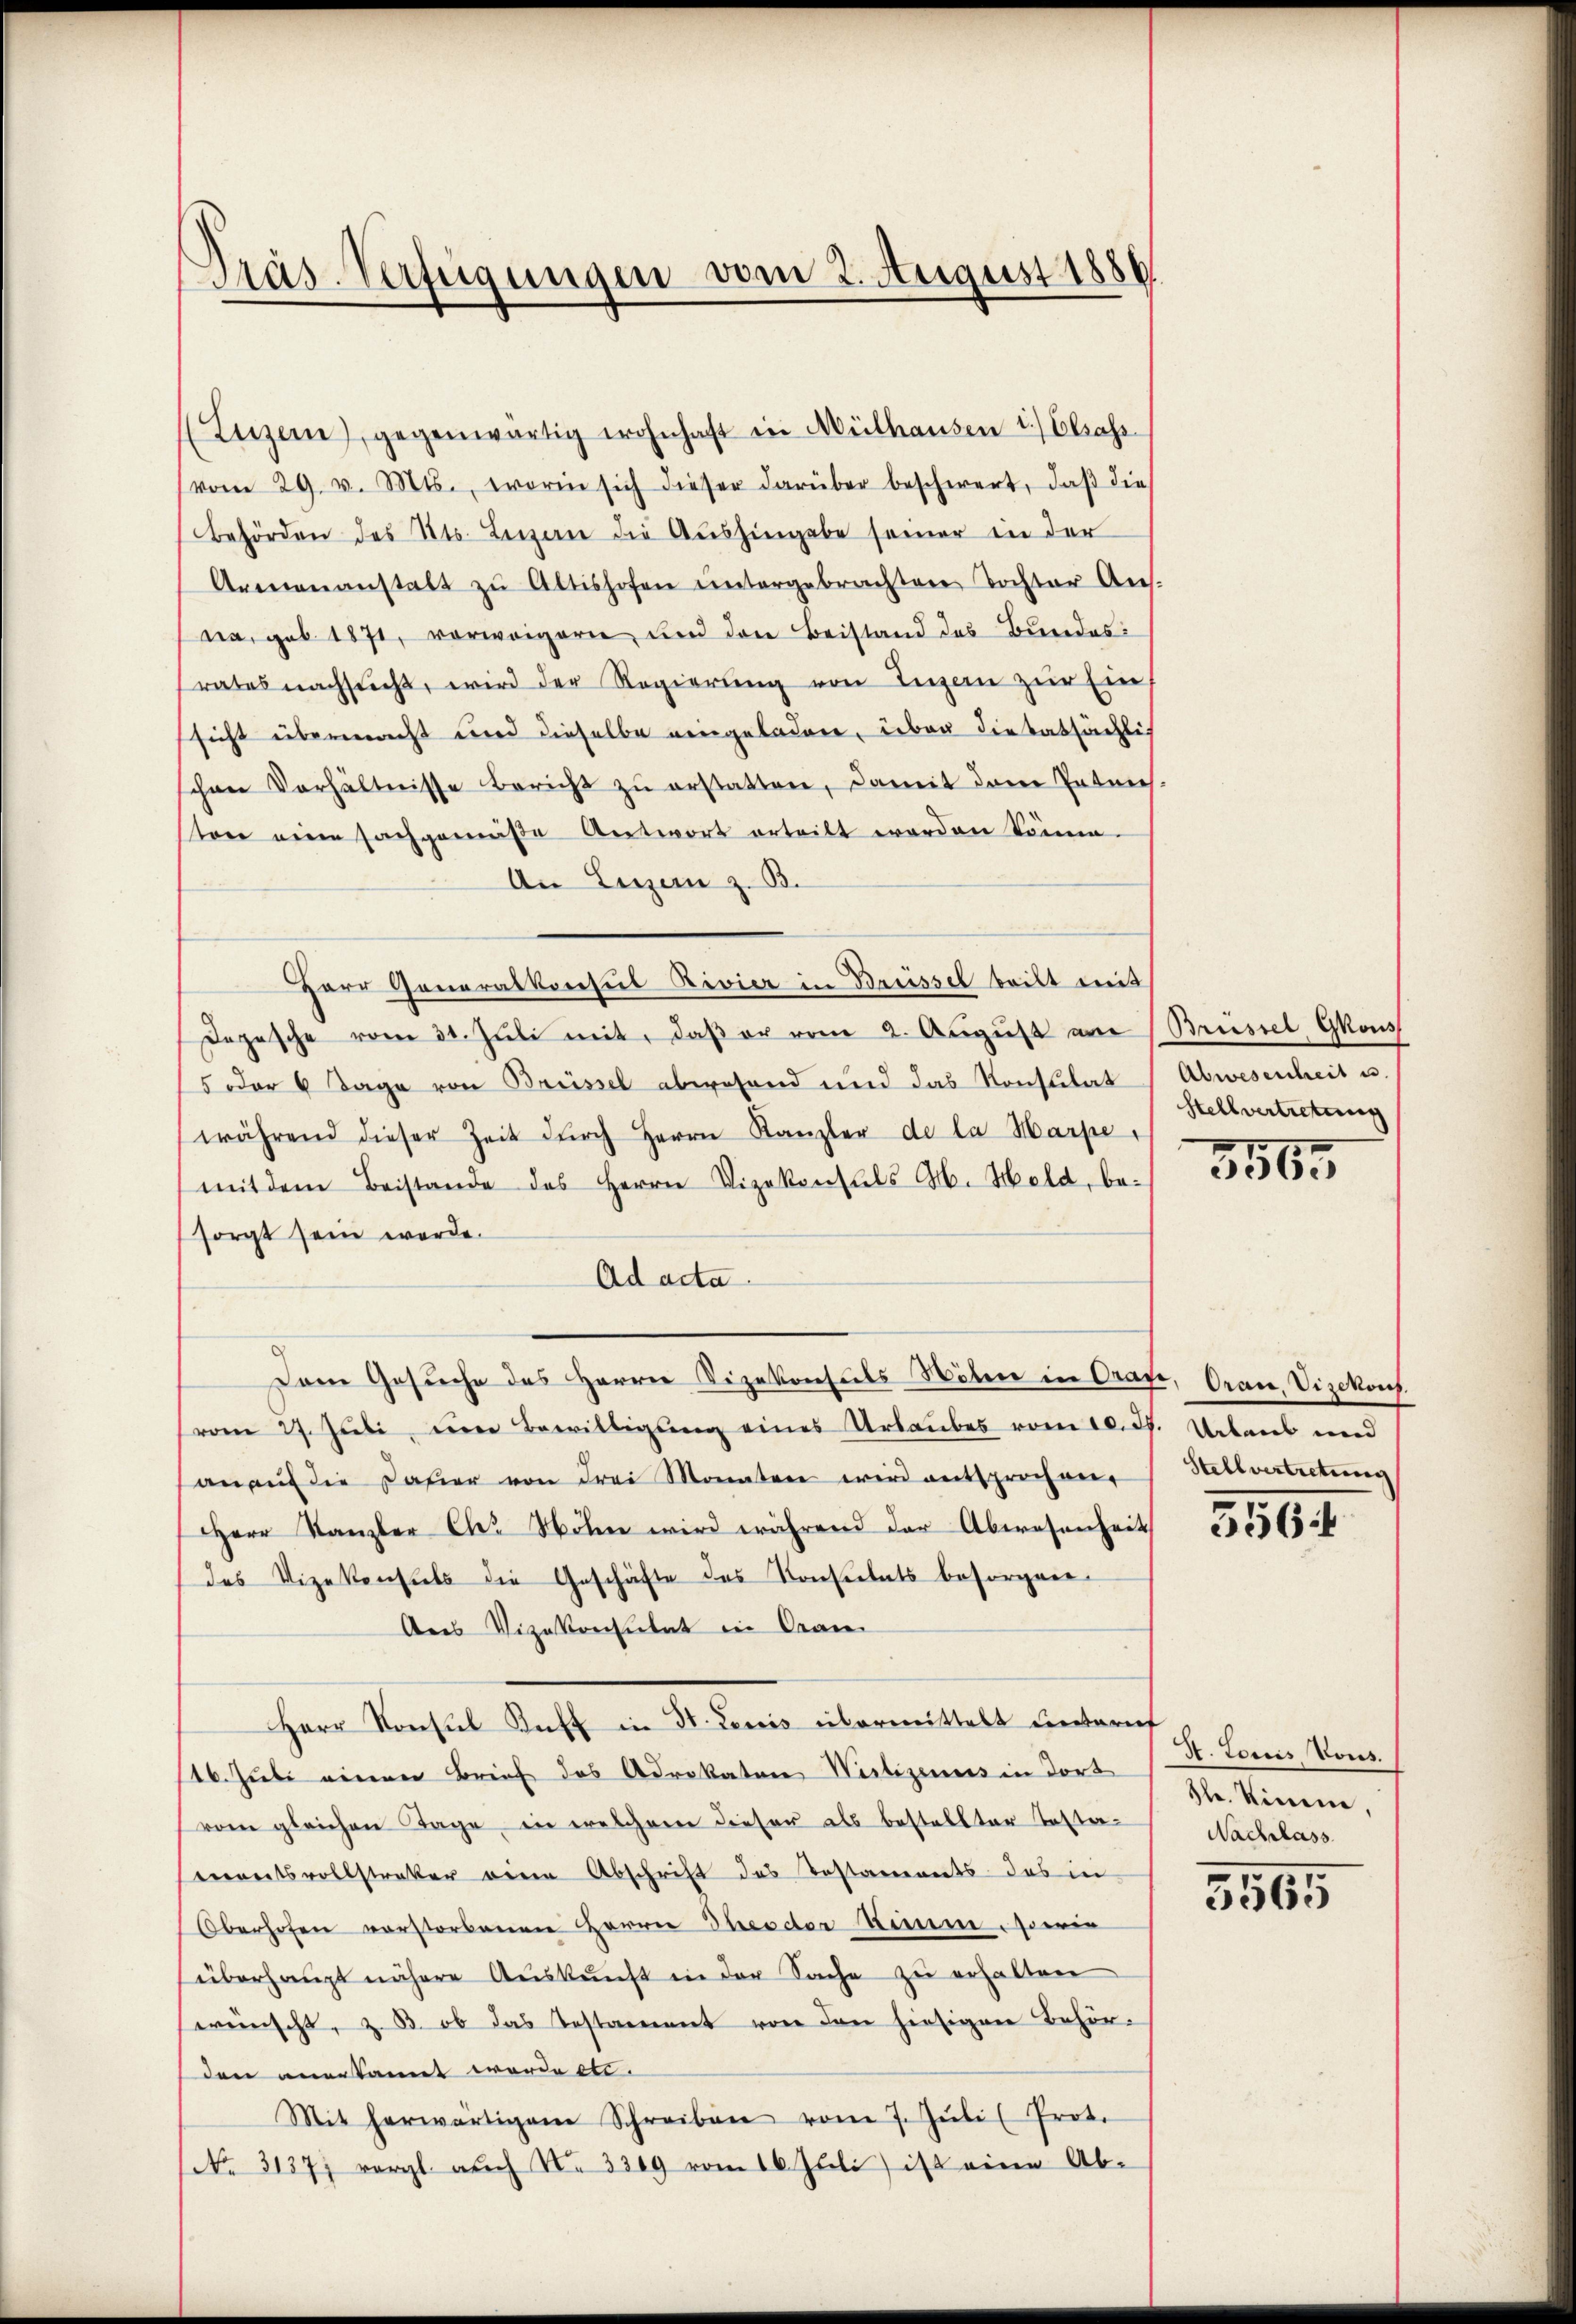
Präs. Verfügungen vom 2. August 1886

(Luzer, gegenwärtig wohnhaft in Mülhausen 1.) Eliass
(vom 29. v. Mts., worin sich dieser darüber beschwert, daβ die
behörden des Kts. Lesen die Aŭshingabe seiner in der
Armenanstalt zŭ Altishofen untergebrachten Tochter Ans.
na, geb. 1871, vorweigern, und den Beistand des Bundes
rates nachsucht, wird der Regierŭng von Ingen zur Einsicht übermacht und dieselbe eingeladene, leben die tatsächli
schen Verhältnisse bericht zu erstatten, damit dem Intrich
tore eine Fachgemäße Antwort erteilt worden könne.
An Luzern z. B.
Herr Generalkonsul Rivier in Brüssel teilt mit
Depesche vom 31. Jŭli mit, daβ er vom 2. Aŭgŭst am Brüssel Gkons
5 oder 6 Tage von Brüssel abwesend und das Konsulat
während dieser Zeit dŭrch Herrn Kanzler de la Marpe,
mit dem Beistande des Herrn Vizekonsuls Ab. Held, be-
sorgt sein werde.
Ad acta
Dem Gesuche des Herrn Vizekonsuls Nöten in Oraxe, Oran, Vizekons
vom 27. Jŭli im Bewilligung eines Urlaubes vom 10. ds. Urlaub und
anaŭf die dahier von drei Monaten wird entsprochen
Herr Kanzler Cl. Höhe wird während der Abwesenheit
des Vizekonsuls die Geschäfte des Konsulats besorgene
Ans Vizekonsulat in Oran
Herr Konsul Koff in St. Louis übermittelt unternt
16. Juli einen Brief des Advokaten Wertigenes in dort
vom gleichen Tage, in welchem dieser als bestellter Testa-
Vereitsvollstreker einen Abschrift das Testaments das in
Oberhofen vorstorbenen Herrn Theeder Simme sowie
überhaupt nähere Aŭskŭnft in der Sache zŭ erhalten
wünscht, z. B. ob das Testament von den hiesigen Behörden anerkannt werde etc.
Mit herwärtigen Schreiben vom 7. Jŭli Proto
No. 31377 vergl. auch N. 3309 vom 16. Juli) ist eine Ab-

Abwesenheit u.
Stellvertretung

3565

Stellvertretung

3564

A. Louis Vors.
Hlr. Vinen,
Nachlass

5565